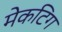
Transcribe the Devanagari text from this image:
मेकटिग